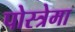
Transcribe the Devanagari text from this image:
पोस्त्रेमा